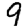
Digit: 9